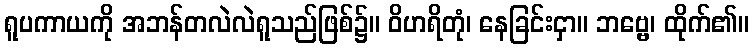
ရူပကာယကို အဘန်တလဲလဲရူသည်ဖြစ်၌။ ဝိဟရိတုံ၊ နေခြင်းငှာ။ ဘဗ္ဗေ၊ ထိုက်၏။